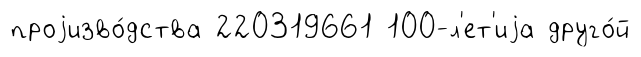
проjизво́дства 220319661 100-л'ет'иjа друго́й